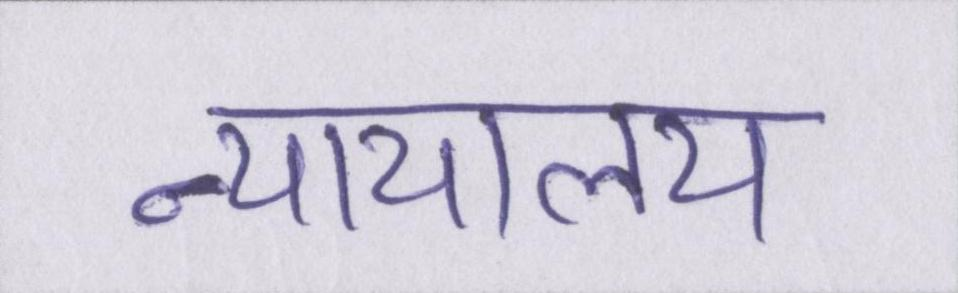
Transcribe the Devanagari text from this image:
न्यायालय